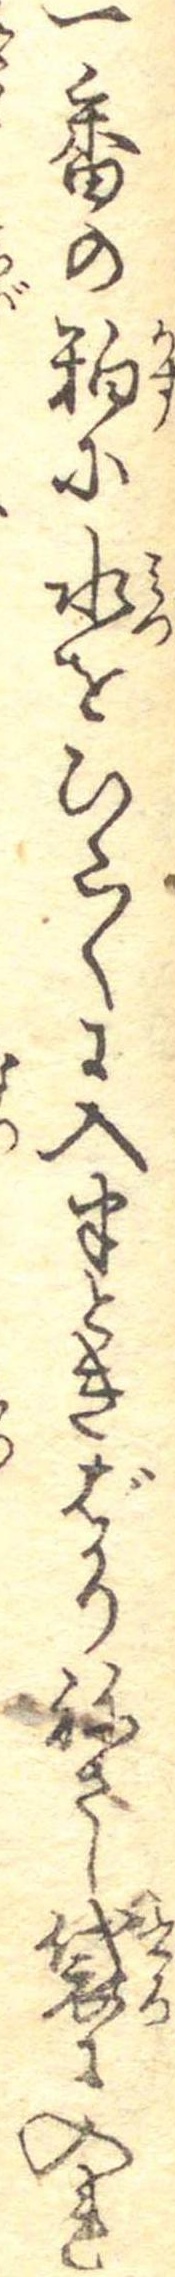
一番の粕に水をひた〱に入半ときばかりねさし袋に入れ